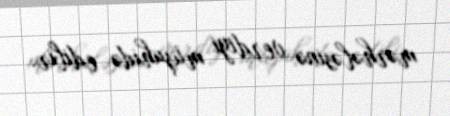
mərhələsinə verdiyi müşahidə edilir.